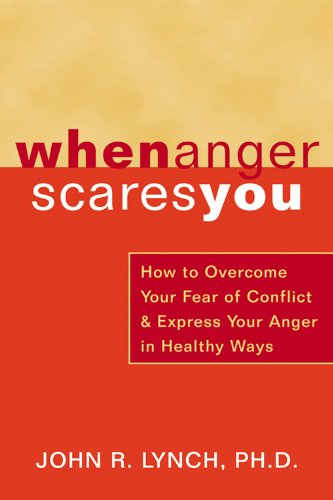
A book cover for When Anger Scares You: How to Overcome Your Fear of Conflict and Express Your Anger in Healthy Ways; John Lynch; Self-Help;